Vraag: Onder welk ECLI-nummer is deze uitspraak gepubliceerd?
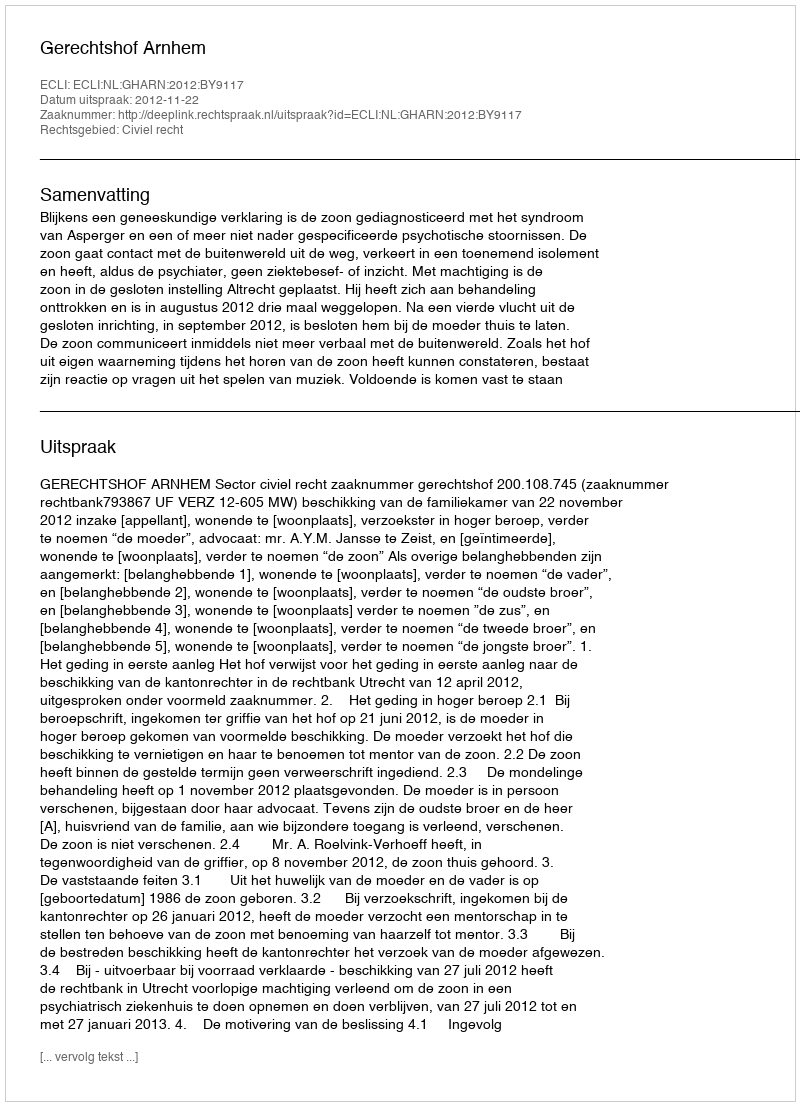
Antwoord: ECLI:NL:GHARN:2012:BY9117